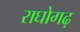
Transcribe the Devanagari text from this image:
राघोगढ़